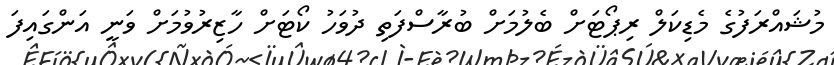
މުޝައްރަފުގެ މެޑިކަލް ރިޕޯޓަށް ބެލުމަށް ބުރާސްފަތި ދުވަހު ކޯޓަށް ހާޒިރުވުމަށް ވަނީ އަންގައިފަ